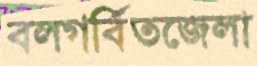
বলগর্বিতজেলা